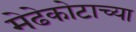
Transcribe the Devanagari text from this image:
मेढेकोटाच्या